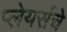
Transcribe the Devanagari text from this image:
प्लेयर्सचे